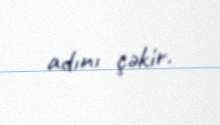
adını çəkir.